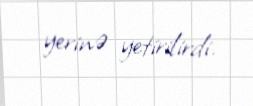
yerinə yetirilirdi.